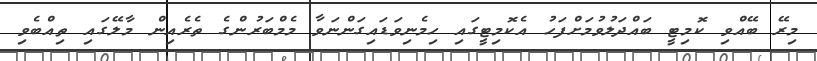
މިރޭ ބޭއްވި ކޮމިޓީ ބައްދަލުވުމަށްފަހު އެކޮމިޓީގައި ހިމެނިވަޑައިގަންނަވާ މެމްބަރުންގެ ތެރެއިން މާލޭގައި ތިއްބެވި